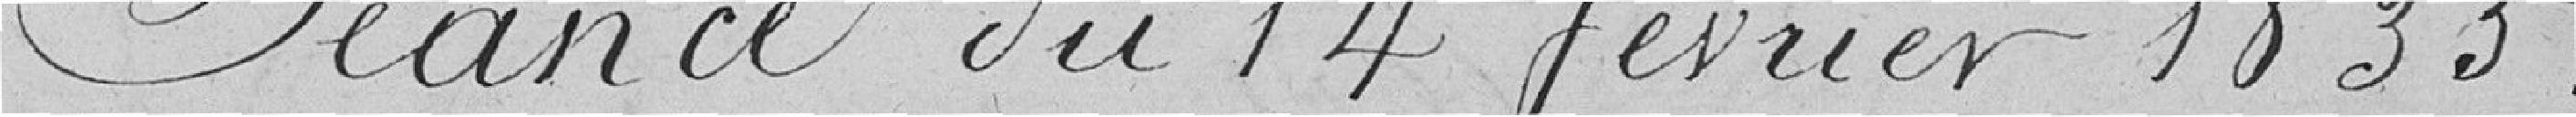
Séance du 14 février 1835